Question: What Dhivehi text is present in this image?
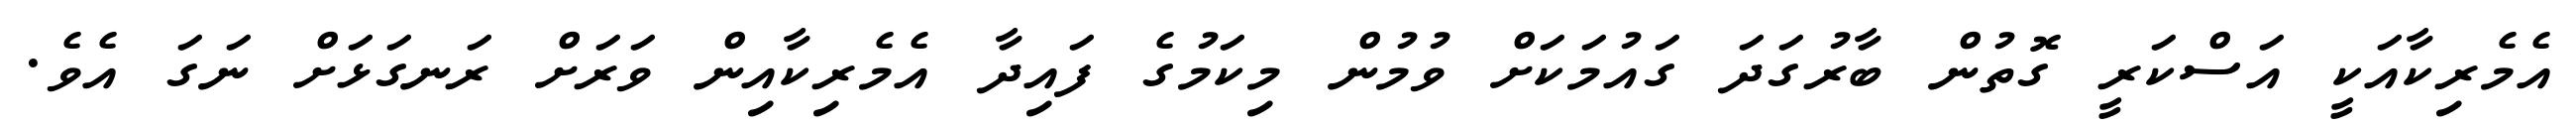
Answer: އެމެރިކާއަކީ އަސްކަރީ ގޮތުން ބާރުގަދަ ގައުމަކަށް ވުމުން މިކަމުގެ ފައިދާ އެމެރިކާއިން ވަރަށް ރަނގަޅަށް ނަގަ އެވެ.